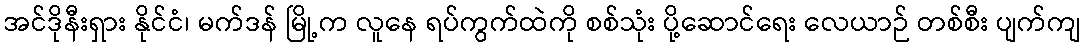
အင်ဒိုနီးရှား နိုင်ငံ၊ မက်ဒန် မြို့က လူနေ ရပ်ကွက်ထဲကို စစ်သုံး ပို့ဆောင်ရေး လေယာဉ် တစ်စီး ပျက်ကျ